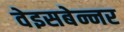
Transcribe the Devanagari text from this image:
वेइसबेन्नर